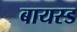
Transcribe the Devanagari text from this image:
बायस्ड